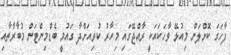
ފާހަގަ ކޮށްލަން މިއުޅޭ ވާހަކައަކީ ރާއްޖޭގައި މިހާރު ކުރިއަށްދާ ގައުމީ ބެޑްމިންޓަން މުބާރާތާއި